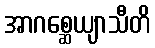
အာဂစ္ဆေယျာသီတိ